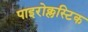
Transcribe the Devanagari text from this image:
पाइरोक्लस्टिक